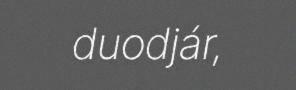
duodjár,